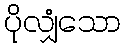
ပိုလျှံသော